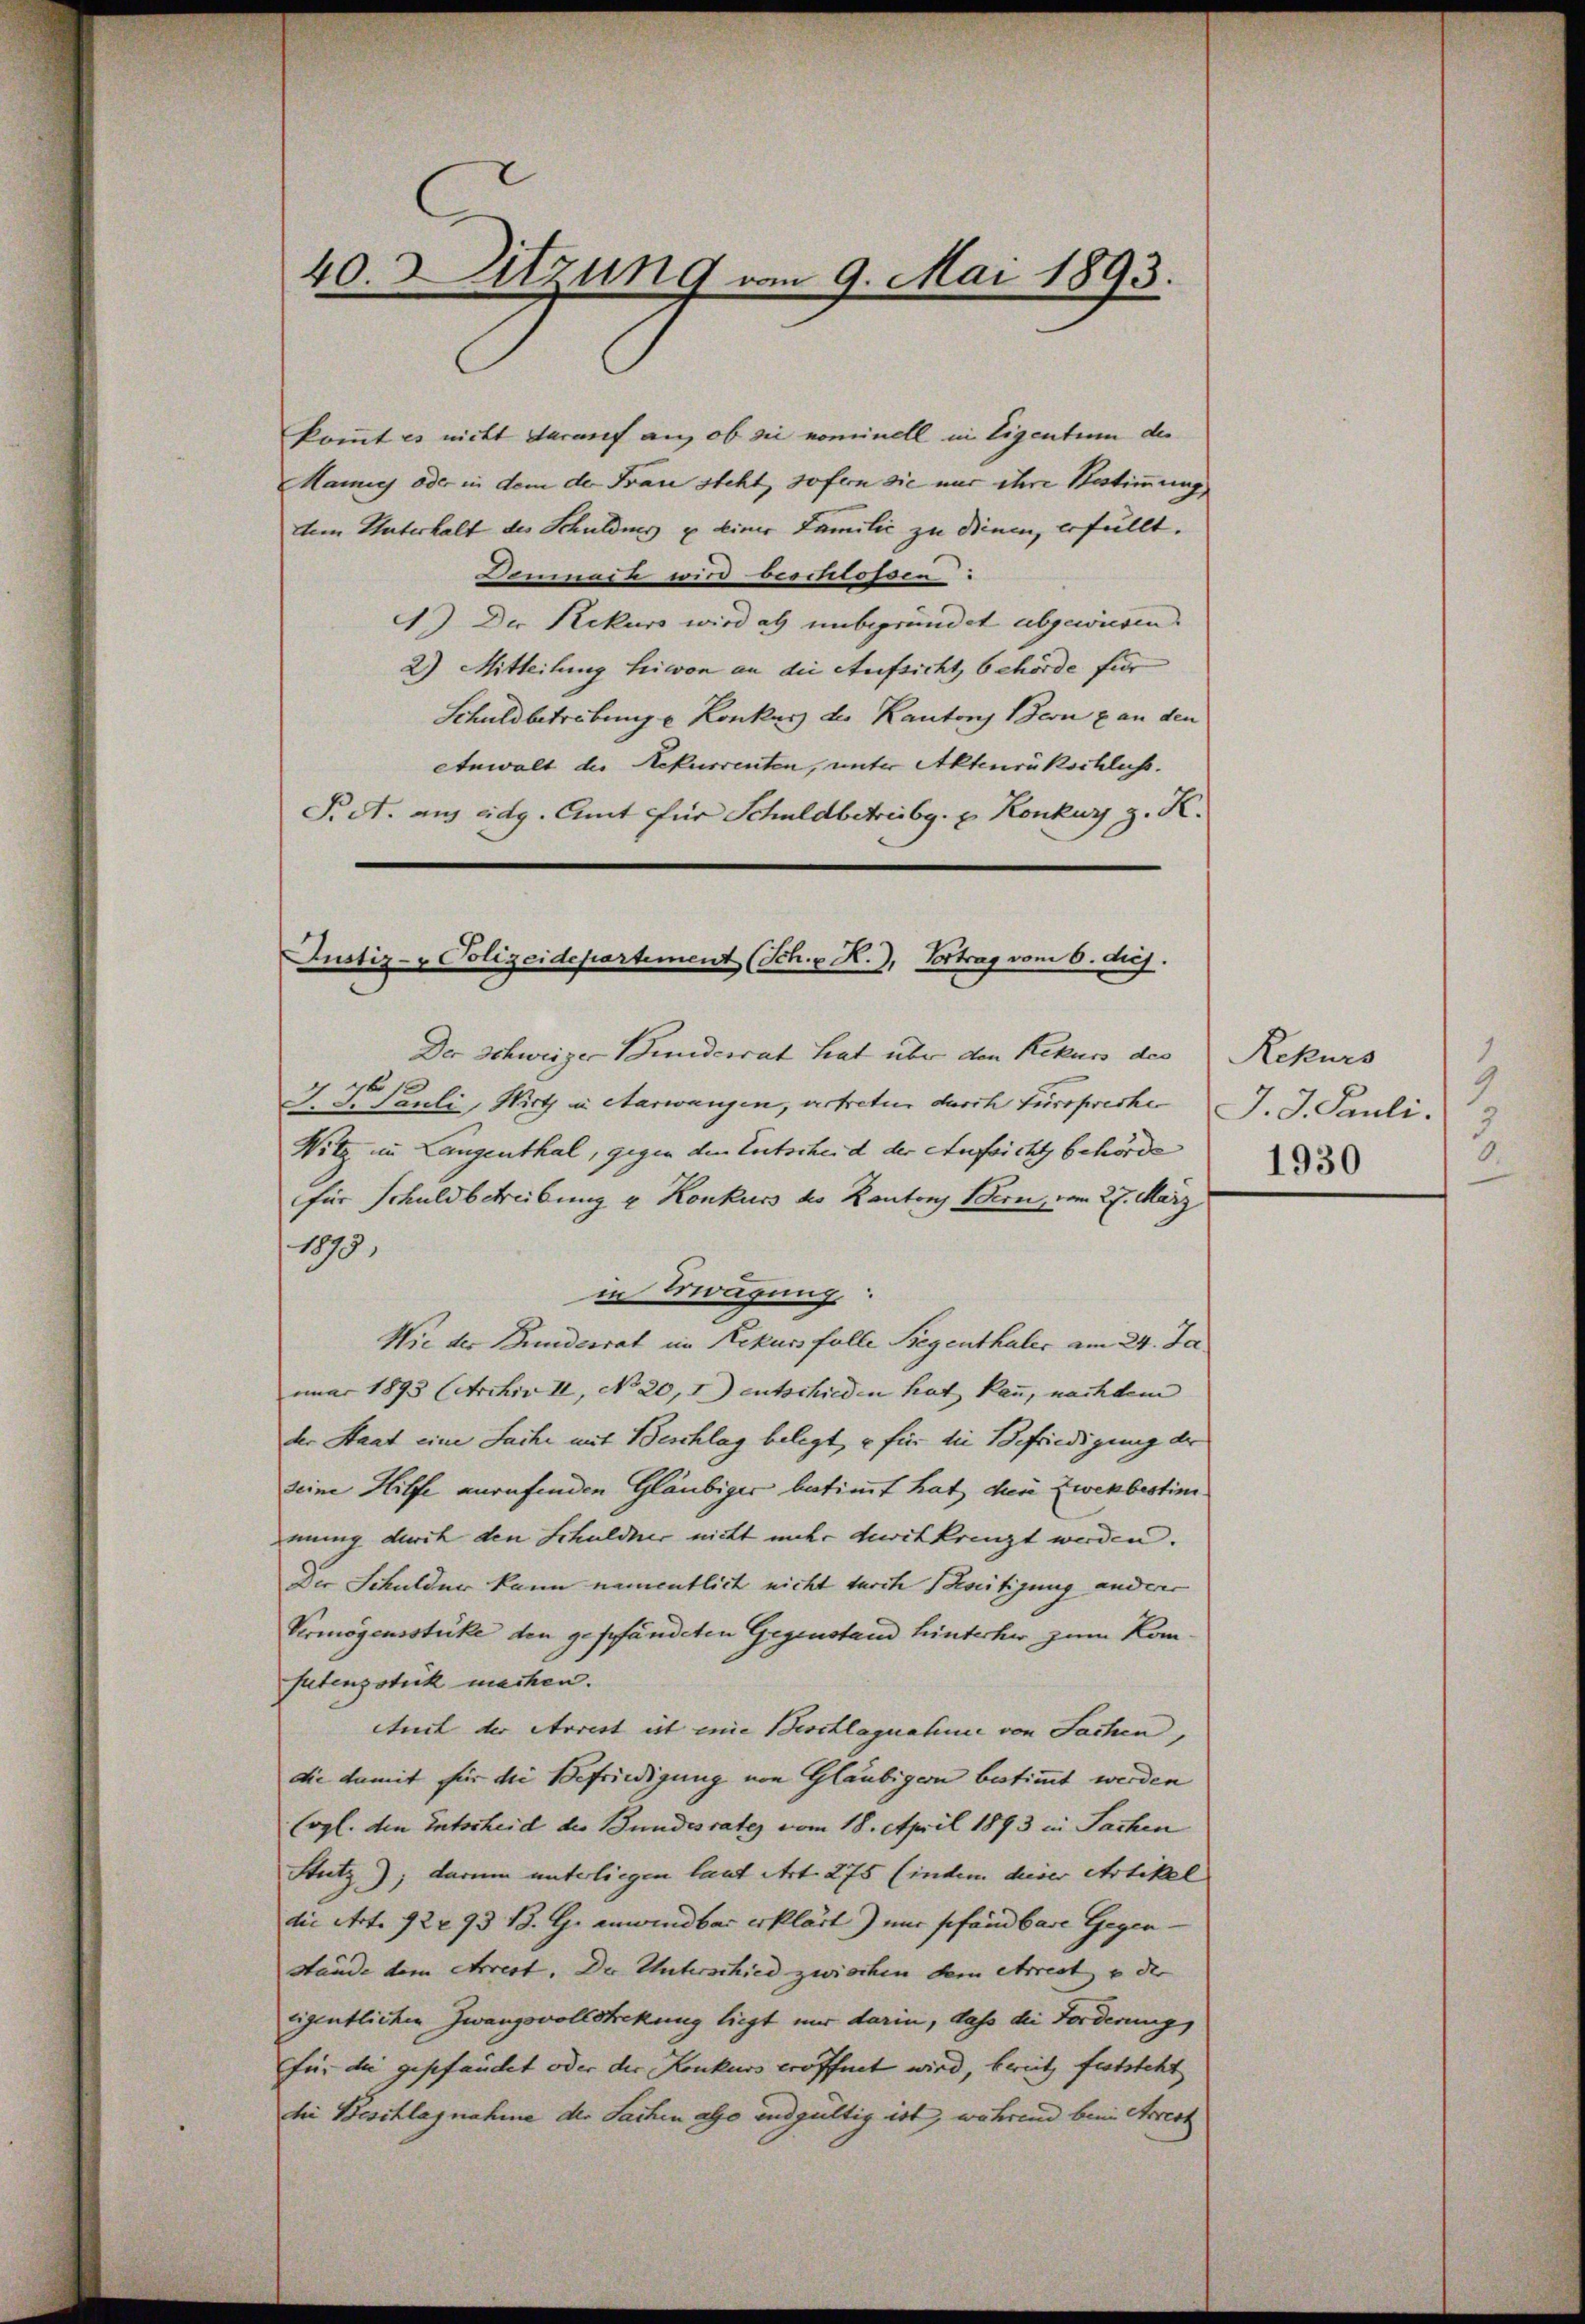
40 Sitzung vom 9. Mai 1893.

kommt es nicht darauf an, ob sie nominell in Eigentum der
Manig oder in dem der Frau steht, sofern sie nur ihre Bestimmung
dem Unterhalt des Schuldis u einer Familić zu dienen, erfüllt.
Demnach wird beschlossen:
4) Der Rekurs wird als unbegründet abgewiesen.
2) Mitteilung hievon an die Aufsicht, behörde für
Schuldbetrebung e Konkurs des Kantons Bern & an den
Anwalt der Rekurrenten, unter Aktenrückschluss.
P A. aus eidg. Amt für Schuldbetreibg. E Konkurs z. K.
Justiz- & Polizeidepartement (Sch. v K.), Vortrag vom 6. diej

Der Schweizer Bundesrat hat über den Rekurs des
J. V. Pauli, Wirth in Aarwangen, artretur durch Fürspreche
Witz in Langenthal, gegen den Entscheid der Aufsicht behörde
für Schuldbetreibung u Konkurs des Kantons Bern, vom 27. März
1875.
in Engung:
Wie der Bundesrat im Rekurs folle Begenthaler am 24. Ja,
nuar 1893 (Archiv II, No 20, 1) entschieden hat kan, nachdem |
der Staat eine Sache mit Beschlag belegt, es für die Befriedigung der
seine Hilfe anrufenden Gläubiger betimmt hat, den Zwekbestim
mung durch den Schuldner nicht mehr duritkrenzt werden.
Die Schuldner kann namentlich nicht durch Schreitigung anders
Vermögensstüke den gepfändeten Gegenstand hinterher zum Kan¬
Patenzstück machen.
tuit der Arrest ist eine Beschlagnahme von Sachen,
die damit für die Befriedigung von Gläubigern bestimmt werden
(vgl. den Entscheid der Bundesrates vom 18. April 1893 in Sachen
Stutz); darum unterliegen laut Art. 275 (indem dieser Artikel
die Art. 92293 B. G. anwendbar erklärt) nur pfandbare Gegen-
stände dem Arrest. Der Unterschied zwischen dem Arrest, u. der
eigentlichen Zwangsvollsteckung liegt nur darin, dass die Forderung
für die geschändet oder der Konkurs eröffnet wird, bereits feststeht
bei Beschlagnahme der Sachen also endgültig ist, während beim Arrest

Rekurs
J. J. Pauli.
1930